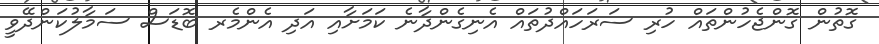
ގޮތުން ގޮންޖެހުންތައް ހުރި ސަރަހައްދުތައް އެނިގެންދާނެ ކަމަށާއި އަދި އެންމެރ ބޮޑަސް ސަމާލުކަންދޭވީ